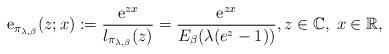
LaTeX: \begin{align*}\mathrm{e}_{\pi_{\lambda,\beta}}(z;x):=\frac{\mathrm{e}^{zx}}{l_{\pi_{\lambda,\beta}}(z)}=\frac{\mathrm{e}^{zx}}{E_{\beta}(\lambda(e^{z}-1))},z\in\mathbb{C},\;x\in\mathbb{R},\end{align*}